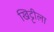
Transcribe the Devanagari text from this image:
खिट्टीला